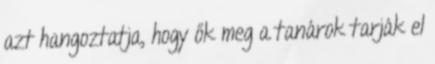
azt hangoztatja, hogy ők meg a tanárok tarják el